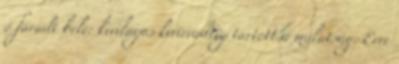
ő fáradt bele: kivilágos kivirradtig tartott a mulatság. Erre